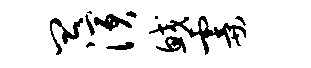
皿演鲛霎